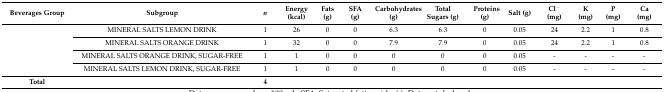
<table><thead><tr><td><b>Beverages Group</b></td><td><b>Subgroup</b></td><td><b><i>n</i></b></td><td><b>Energy (kcal)</b></td><td><b>Fats (g)</b></td><td><b>SFA (g)</b></td><td><b>Carbohydrates (g)</b></td><td><b>Total Sugars (g)</b></td><td><b>Proteins (g)</b></td><td><b>Salt (g)</b></td><td><b>Cl<sup>−</sup> (mg)</b></td><td><b>K (mg)</b></td><td><b>P (mg)</b></td><td><b>Ca (mg)</b></td></tr></thead><tbody><tr><td rowspan="4"></td><td>MINERAL SALTS LEMON DRINK</td><td>1</td><td>26</td><td>0</td><td>0</td><td>6.3</td><td>6.3</td><td>0</td><td>0.05</td><td>24</td><td>2.2</td><td>1</td><td>0.8</td></tr><tr><td>MINERAL SALTS ORANGE DRINK</td><td>1</td><td>32</td><td>0</td><td>0</td><td>7.9</td><td>7.9</td><td>0</td><td>0.05</td><td>24</td><td>2.2</td><td>1</td><td>0.8</td></tr><tr><td>MINERAL SALTS ORANGE DRINK, SUGAR-FREE</td><td>1</td><td>1</td><td>0</td><td>0</td><td>0</td><td>0</td><td>0</td><td>0.05</td><td>-</td><td>-</td><td>-</td><td>-</td></tr><tr><td>MINERAL SALTS LEMON DRINK, SUGAR-FREE</td><td>1</td><td>1</td><td>0</td><td>0</td><td>0</td><td>0</td><td>0</td><td>0.05</td><td>-</td><td>-</td><td>-</td><td>-</td></tr><tr><td><b>Total</b></td><td></td><td><b>4</b></td><td></td><td></td><td></td><td></td><td></td><td></td><td></td><td></td><td></td><td></td><td></td></tr></tbody></table>